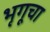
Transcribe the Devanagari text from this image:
भृगूचा